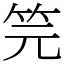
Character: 笎